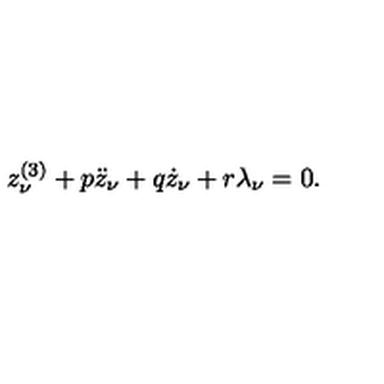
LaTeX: z _ { \nu } ^ { ( 3 ) } + p \ddot { z } _ { \nu } + q \dot { z } _ { \nu } + r \lambda _ { \nu } = 0 .